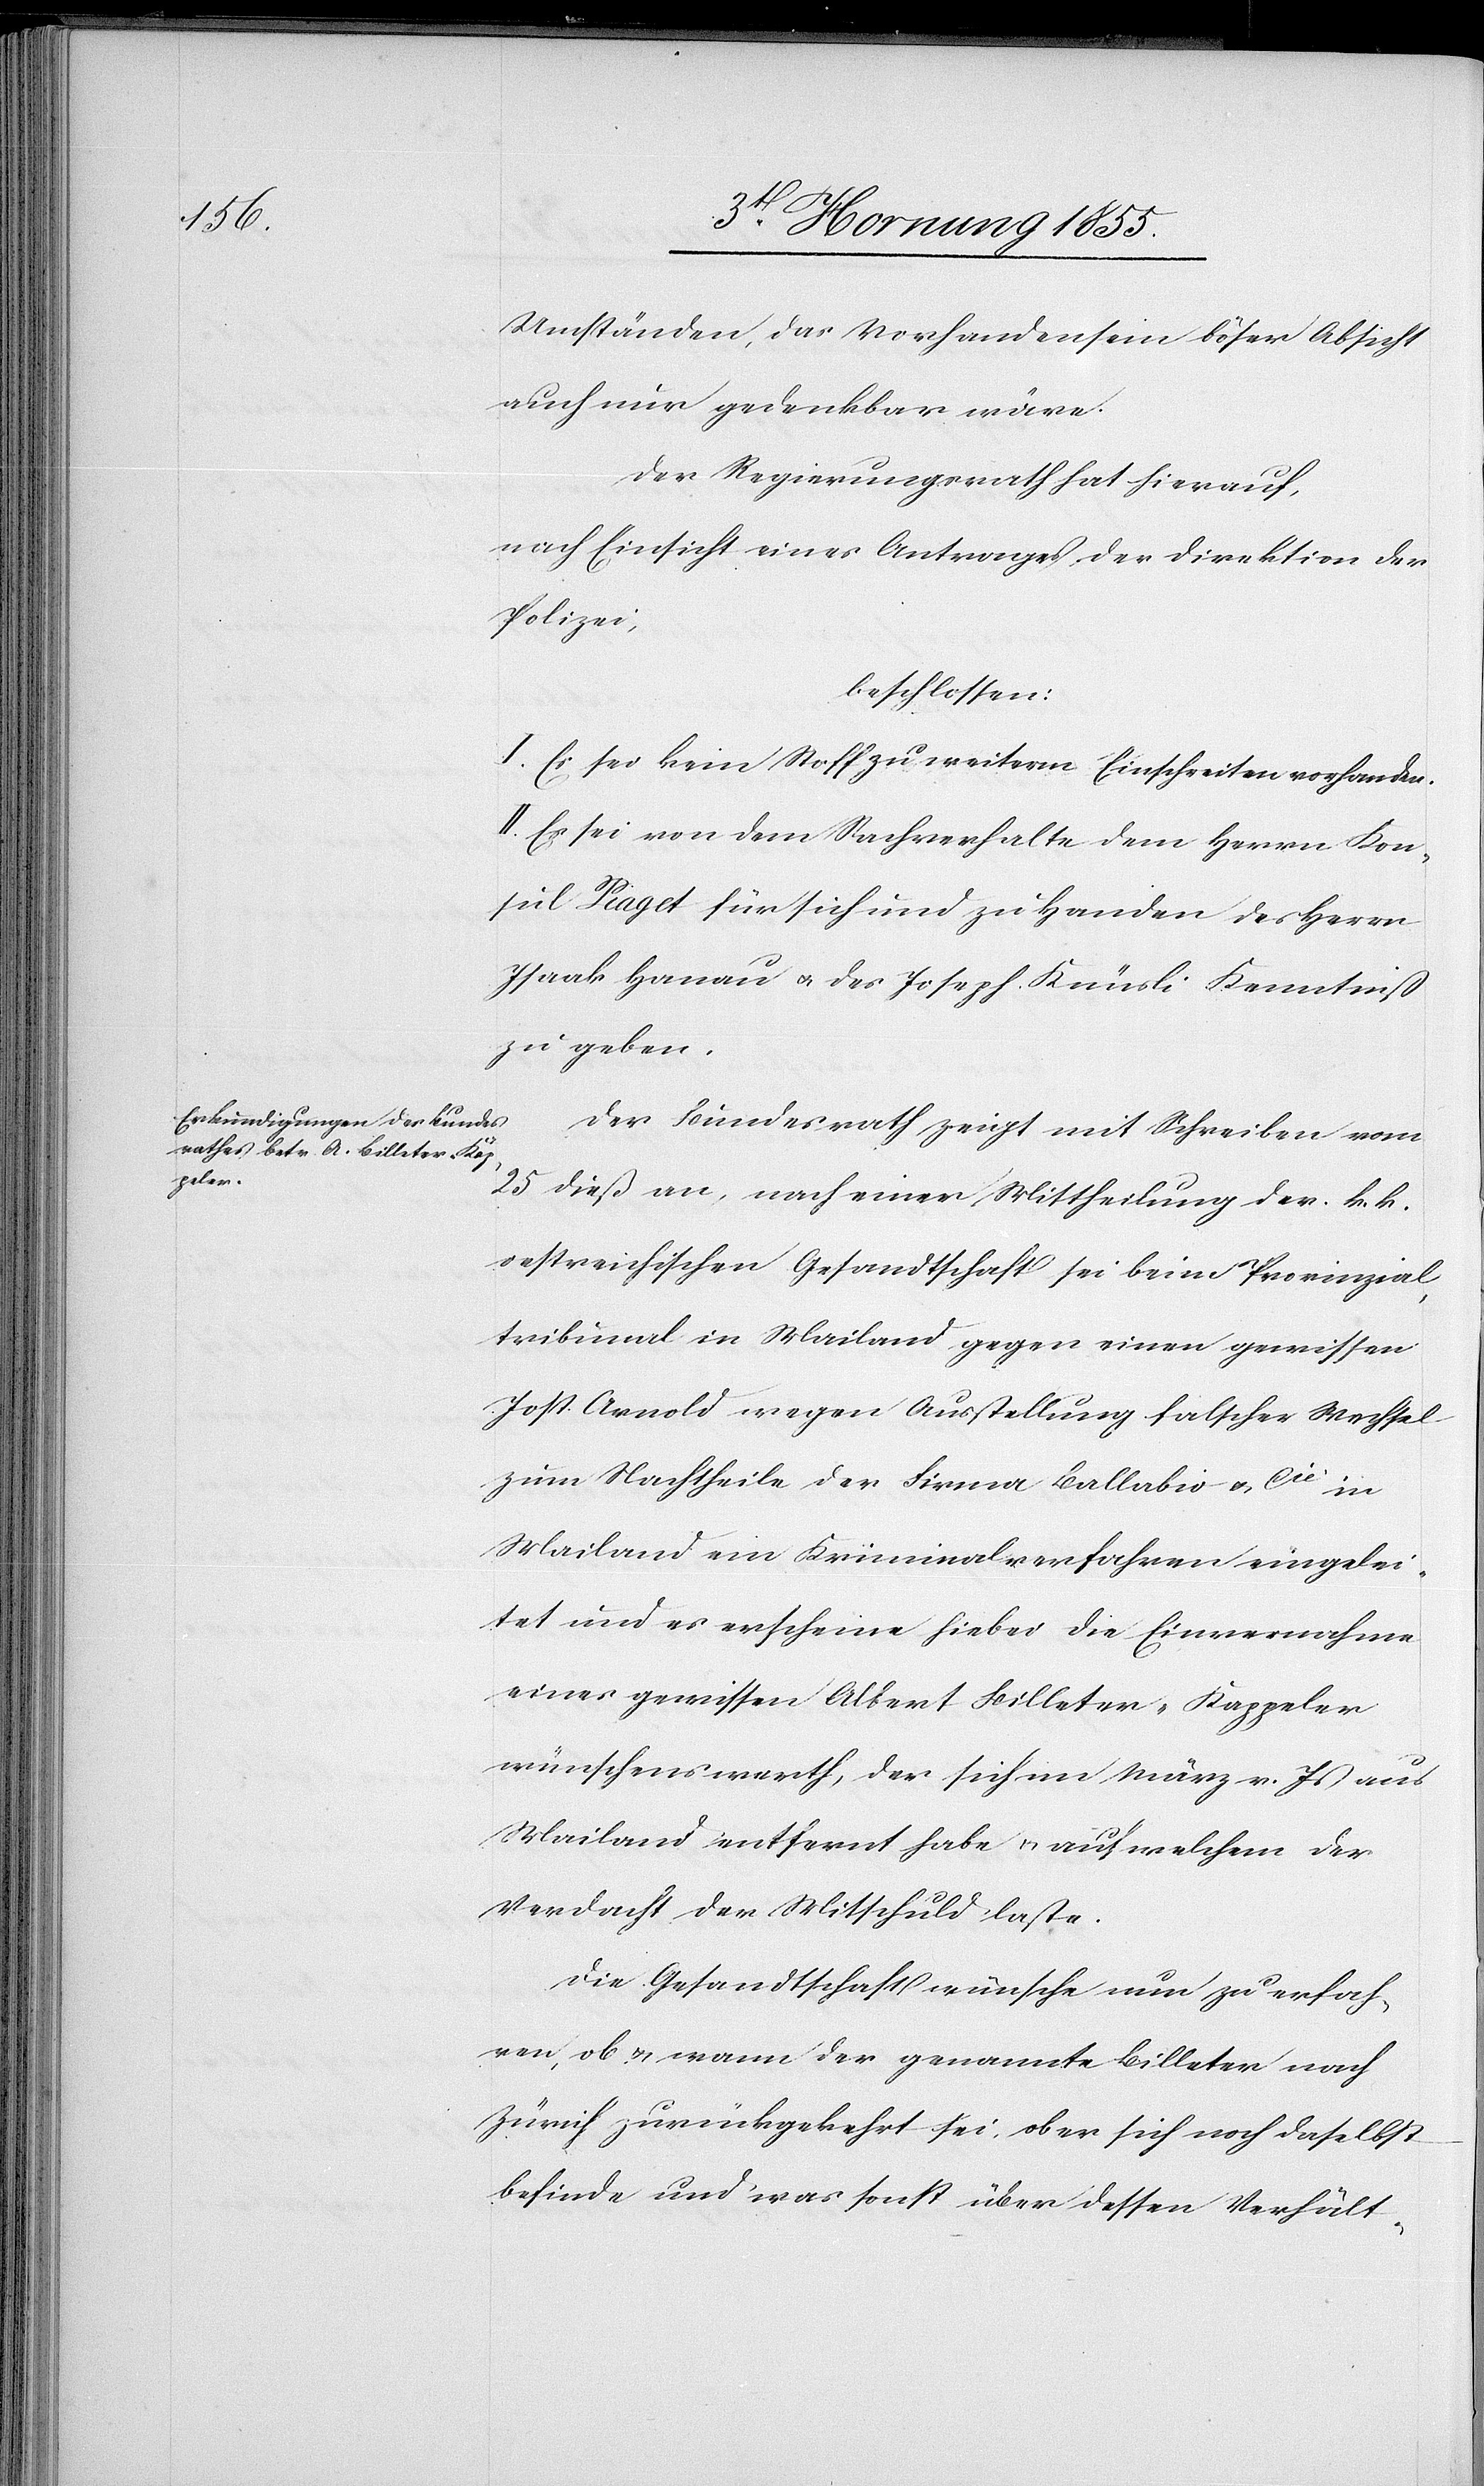
Umständen, das Vorhandensein böser Absicht
auch nur gedenkbar wäre.
Der Regierungsrath hat hierauf,
nach Einsicht eines Antrages der Direktion der
Polizei,
beschlossen:
I. Es sei kein Stoff zu weiterm Einschreiten vorhanden.
II. Es sei von dem Sachverhalte dem Herrn Kon¬
sul Piaget für sich und zu Handen des Herrn
Isaak Hanau & des Joseph Knüsli Kenntniß
zu geben.
Der Bundesrath zeigt mit Schreiben vom
25 dieß an, nach einer Mittheilung der k. k.
oestreichischen Gesandtschaft sei beim Provinzial¬
tribunal in Mailand gegen einen gewissen
Jost. Arnold wegen Ausstellung falscher Wechsel
zum Nachtheile der Firma Ballabio & Cie in
Mailand ein Kriminalverfahren eingelei¬
tet und es erscheine hiebei die Einvernahme
eines gewissen Albert Billeter-Kappeler
wünschenswerth, der sich im März v. Js aus
Mailand entfernt habe & auf welchem der
Verdacht der Mitschuld laste.
Die Gesandtschaft wünsche nun zu erfah¬
ren, ob & wann der genannte Billeter nach
Zürich zurückgekehrt sei, ob er sich noch daselbst
befinde und was sonst über dessen Verhält-